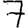
Digit: 7